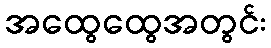
အထွေထွေအတွင်း